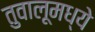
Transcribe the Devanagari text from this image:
तुवालूमध्ये